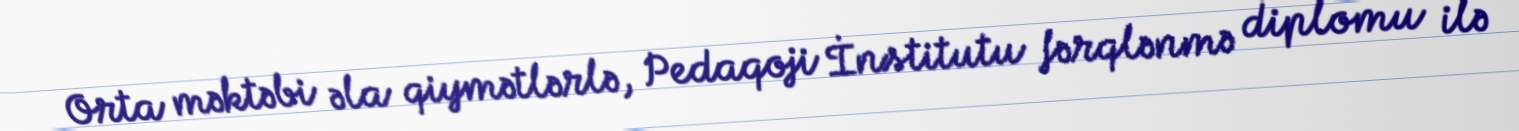
Orta məktəbi əla qiymətlərlə, Pedaqoji İnstitutu fərqlənmə diplomu ilə